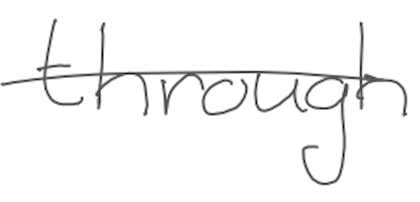
Text: through
Cross-out: single-line
Writing tool: digital_gray